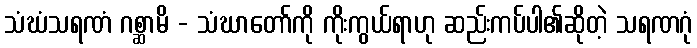
သံဃံသရဏံ ဂစ္ဆာမိ - သံဃာတော်ကို ကိုးကွယ်ရာဟု ဆည်းကပ်ပါ၏ဆိုတဲ့ သရဏဂုံ